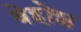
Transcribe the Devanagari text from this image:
वेहोश